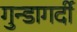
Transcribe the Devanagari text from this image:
गुन्डागर्दी